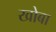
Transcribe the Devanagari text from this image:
खोबा